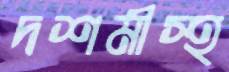
দশমীস্হ